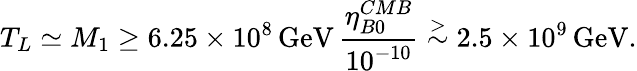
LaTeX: T_{L}\simeq M_{1}\geq 6.25\times 10^{8}\, \mathrm{GeV}\, {\frac{\eta_{B0}^{CMB}}{10^{-10}}}\stackrel{>}{\sim}2.5\times 10^{9}\, \mathrm{GeV}.